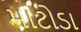
માટોડા